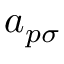
a _ { p \sigma }